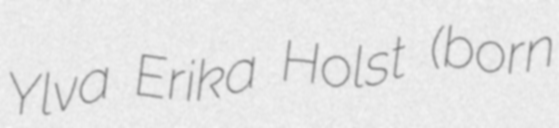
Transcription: Ylva Erika Holst (born